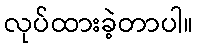
လုပ်ထားခဲ့တာပါ။